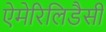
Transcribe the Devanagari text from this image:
ऐमेरिलिडैसी